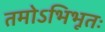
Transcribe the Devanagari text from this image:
तमोऽभिभूतः